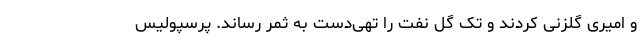
و امیری گلزنی کردند و تک‌ گل نفت را تهی‌دست به ثمر رساند. پرسپولیس